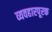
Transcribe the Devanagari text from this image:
व्यवहारपूरक